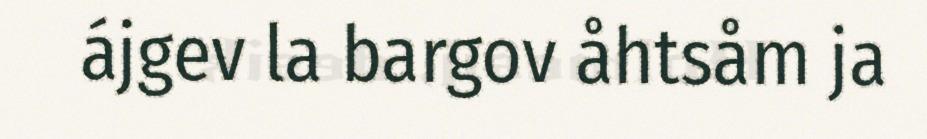
ájgev la bargov åhtsåm ja